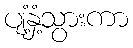
ပျံ့နှံ့သွားကာ